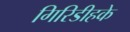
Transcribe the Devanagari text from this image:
गिरिडीहके